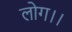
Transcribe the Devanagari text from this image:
लोग।।